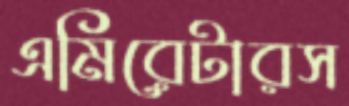
এমিরেটারস